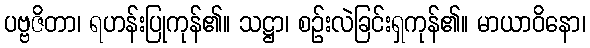
ပဗ္ဗဇိတာ၊ ရဟန်းပြုကုန်၏။ သဋ္ဌာ၊ စဉ်းလဲခြင်းရှကုန်၏။ မာယာဝိနော၊